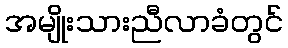
အမျိုးသားညီလာခံတွင်